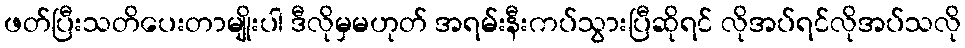
ဖတ်ပြီးသတိပေးတာမျိုးပါ ဒီလိုမှမဟုတ် အရမ်းနီးကပ်သွားပြီဆိုရင် လိုအပ်ရင်လိုအပ်သလို